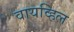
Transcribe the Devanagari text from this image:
वायव्हिल